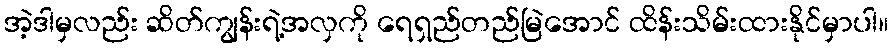
အဲ့ဒါမှလည်း ဆိတ်ကျွန်းရဲ့အလှကို ရေရှည်တည်မြဲအောင် ထိန်းသိမ်းထားနိုင်မှာပါ။